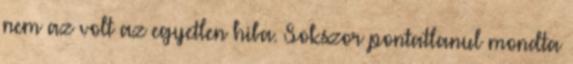
nem az volt az egyetlen hiba. Sokszor pontatlanul mondta